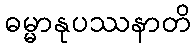
ဓမ္မာနုပဿနာတိ